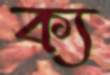
ক্য